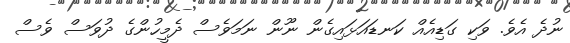
ނުދެ އެވެ. ވަކި ގަޑިއެއް ކަނޑައަޅައިގެން ނޫން ނަމަވެސް ދެމީހުންގެ ދުވަސް ވެސް